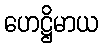
ဟေဋ္ဌိမာယ